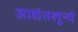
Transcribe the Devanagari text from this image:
आद्यंतशून्यं